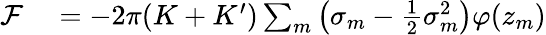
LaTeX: \begin{array}{rl}{\mathcal F}&{{}=-2\pi(K+K^{\prime})\sum_{m}\left(\sigma_{m}-\frac{1}{2}\sigma_{m}^{2}\right)\varphi(z_{m})}\end{array}